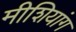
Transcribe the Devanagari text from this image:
मीशियांग